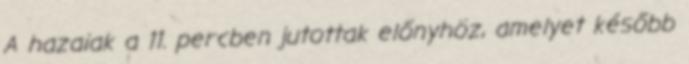
A hazaiak a 11. percben jutottak előnyhöz, amelyet később